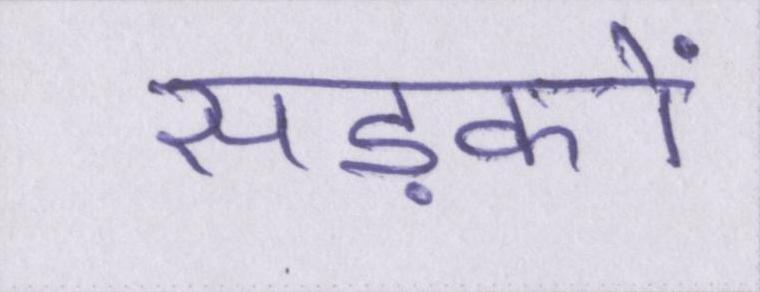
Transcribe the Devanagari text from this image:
सड़कों